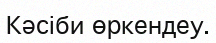
Кәсіби өркендеу.